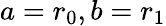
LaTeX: a=r_{0},b=r_{1}